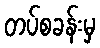
တပ်စခန်းမှ